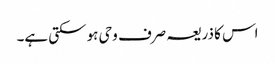
اس کا ذریعہ صرف وحی ہو سکتی ہے۔